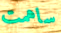
ساهمت